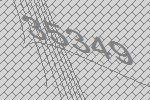
35349